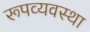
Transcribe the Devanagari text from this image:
रूपव्यवस्था